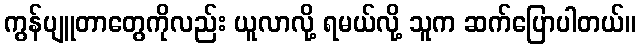
ကွန်ပျူတာတွေကိုလည်း ယူလာလို့ ရမယ်လို့ သူက ဆက်ပြောပါတယ်။